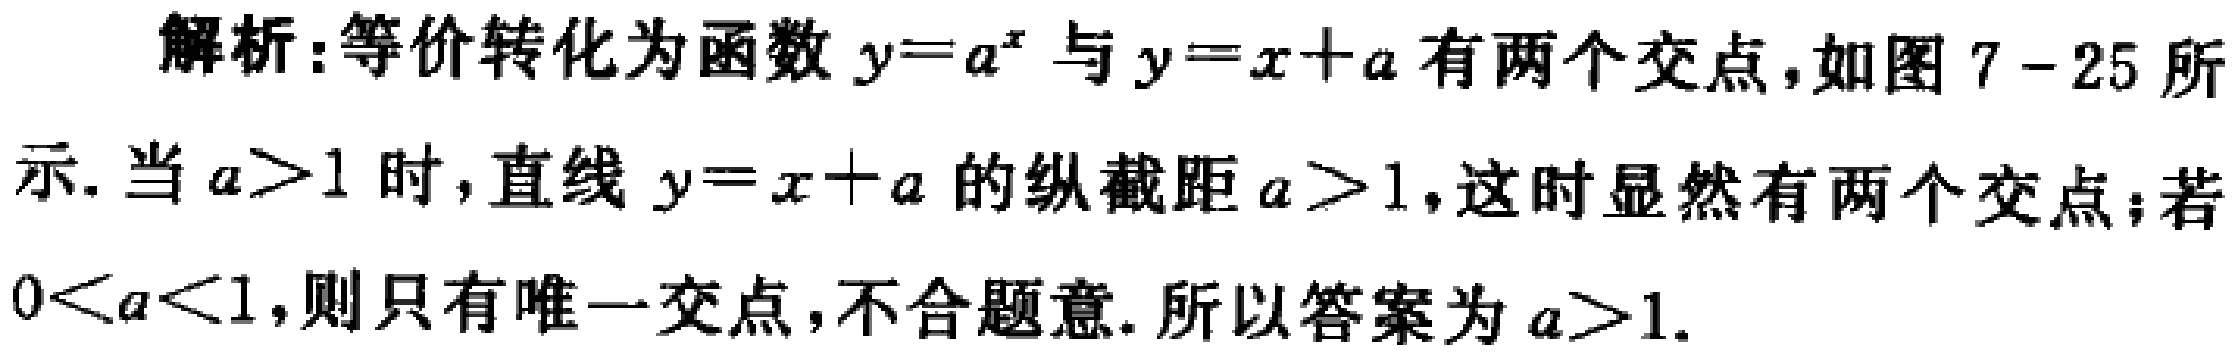
解析:等价转化为函数 \(y = a^{x}\) 与 \(y = x + a\) 有两个交点,如图 7 - 25 所示. 当 \(a>1\) 时,直线 \(y = x + a\) 的纵截距 \(a>1\),这时显然有两个交点;若 \(0 < a < 1\),则只有唯一交点,不合题意. 所以答案为 \(a>1\).